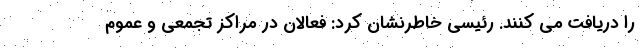
را دریافت می کنند. رئیسی خاطرنشان کرد: فعالان در مراکز تجمعی و عموم